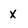
Character: x